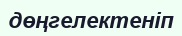
дөңгелектеніп